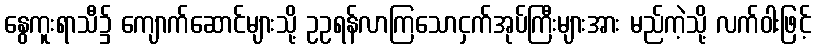
နွေကူးရာသီ၌ ကျောက်ဆောင်များသို့ ဥဥရန်လာကြသောငှက်အုပ်ကြီးများအား မည်ကဲ့သို့ လက်ဝါးဖြင့်